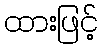
ထားဖြင့်